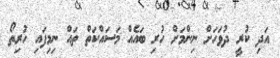
އަދި ކުރީ ދުވަހަށް ނިންމަށް ހުރި ބައެއް މަސައްކަތް ތައް ނިމިފައި ހުރިތޯ